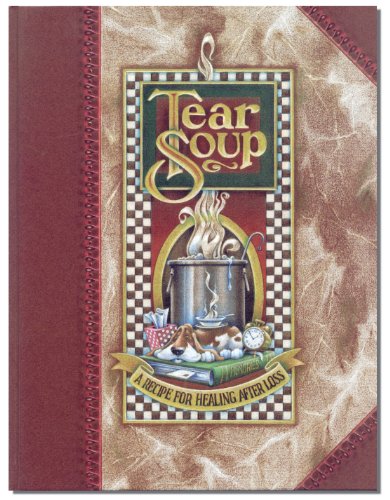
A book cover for Tear Soup: A Recipe for Healing After Loss; Pat Schwiebert; Self-Help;